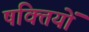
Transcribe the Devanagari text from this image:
षक्तियों